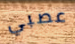
عصبي